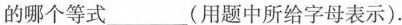
的哪个等式___(用题中所给字母表示).